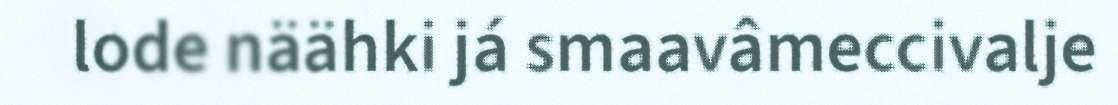
lode näähki já smaavâmeccivalje